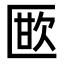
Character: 𭅜